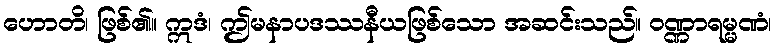
ဟောတိ၊ ဖြစ်၏။ ဣဒံ၊ ဤမနာပဒဿနီယဖြစ်သော အဆင်းသည်။ ဝဏ္ဏာရမ္မဏံ၊